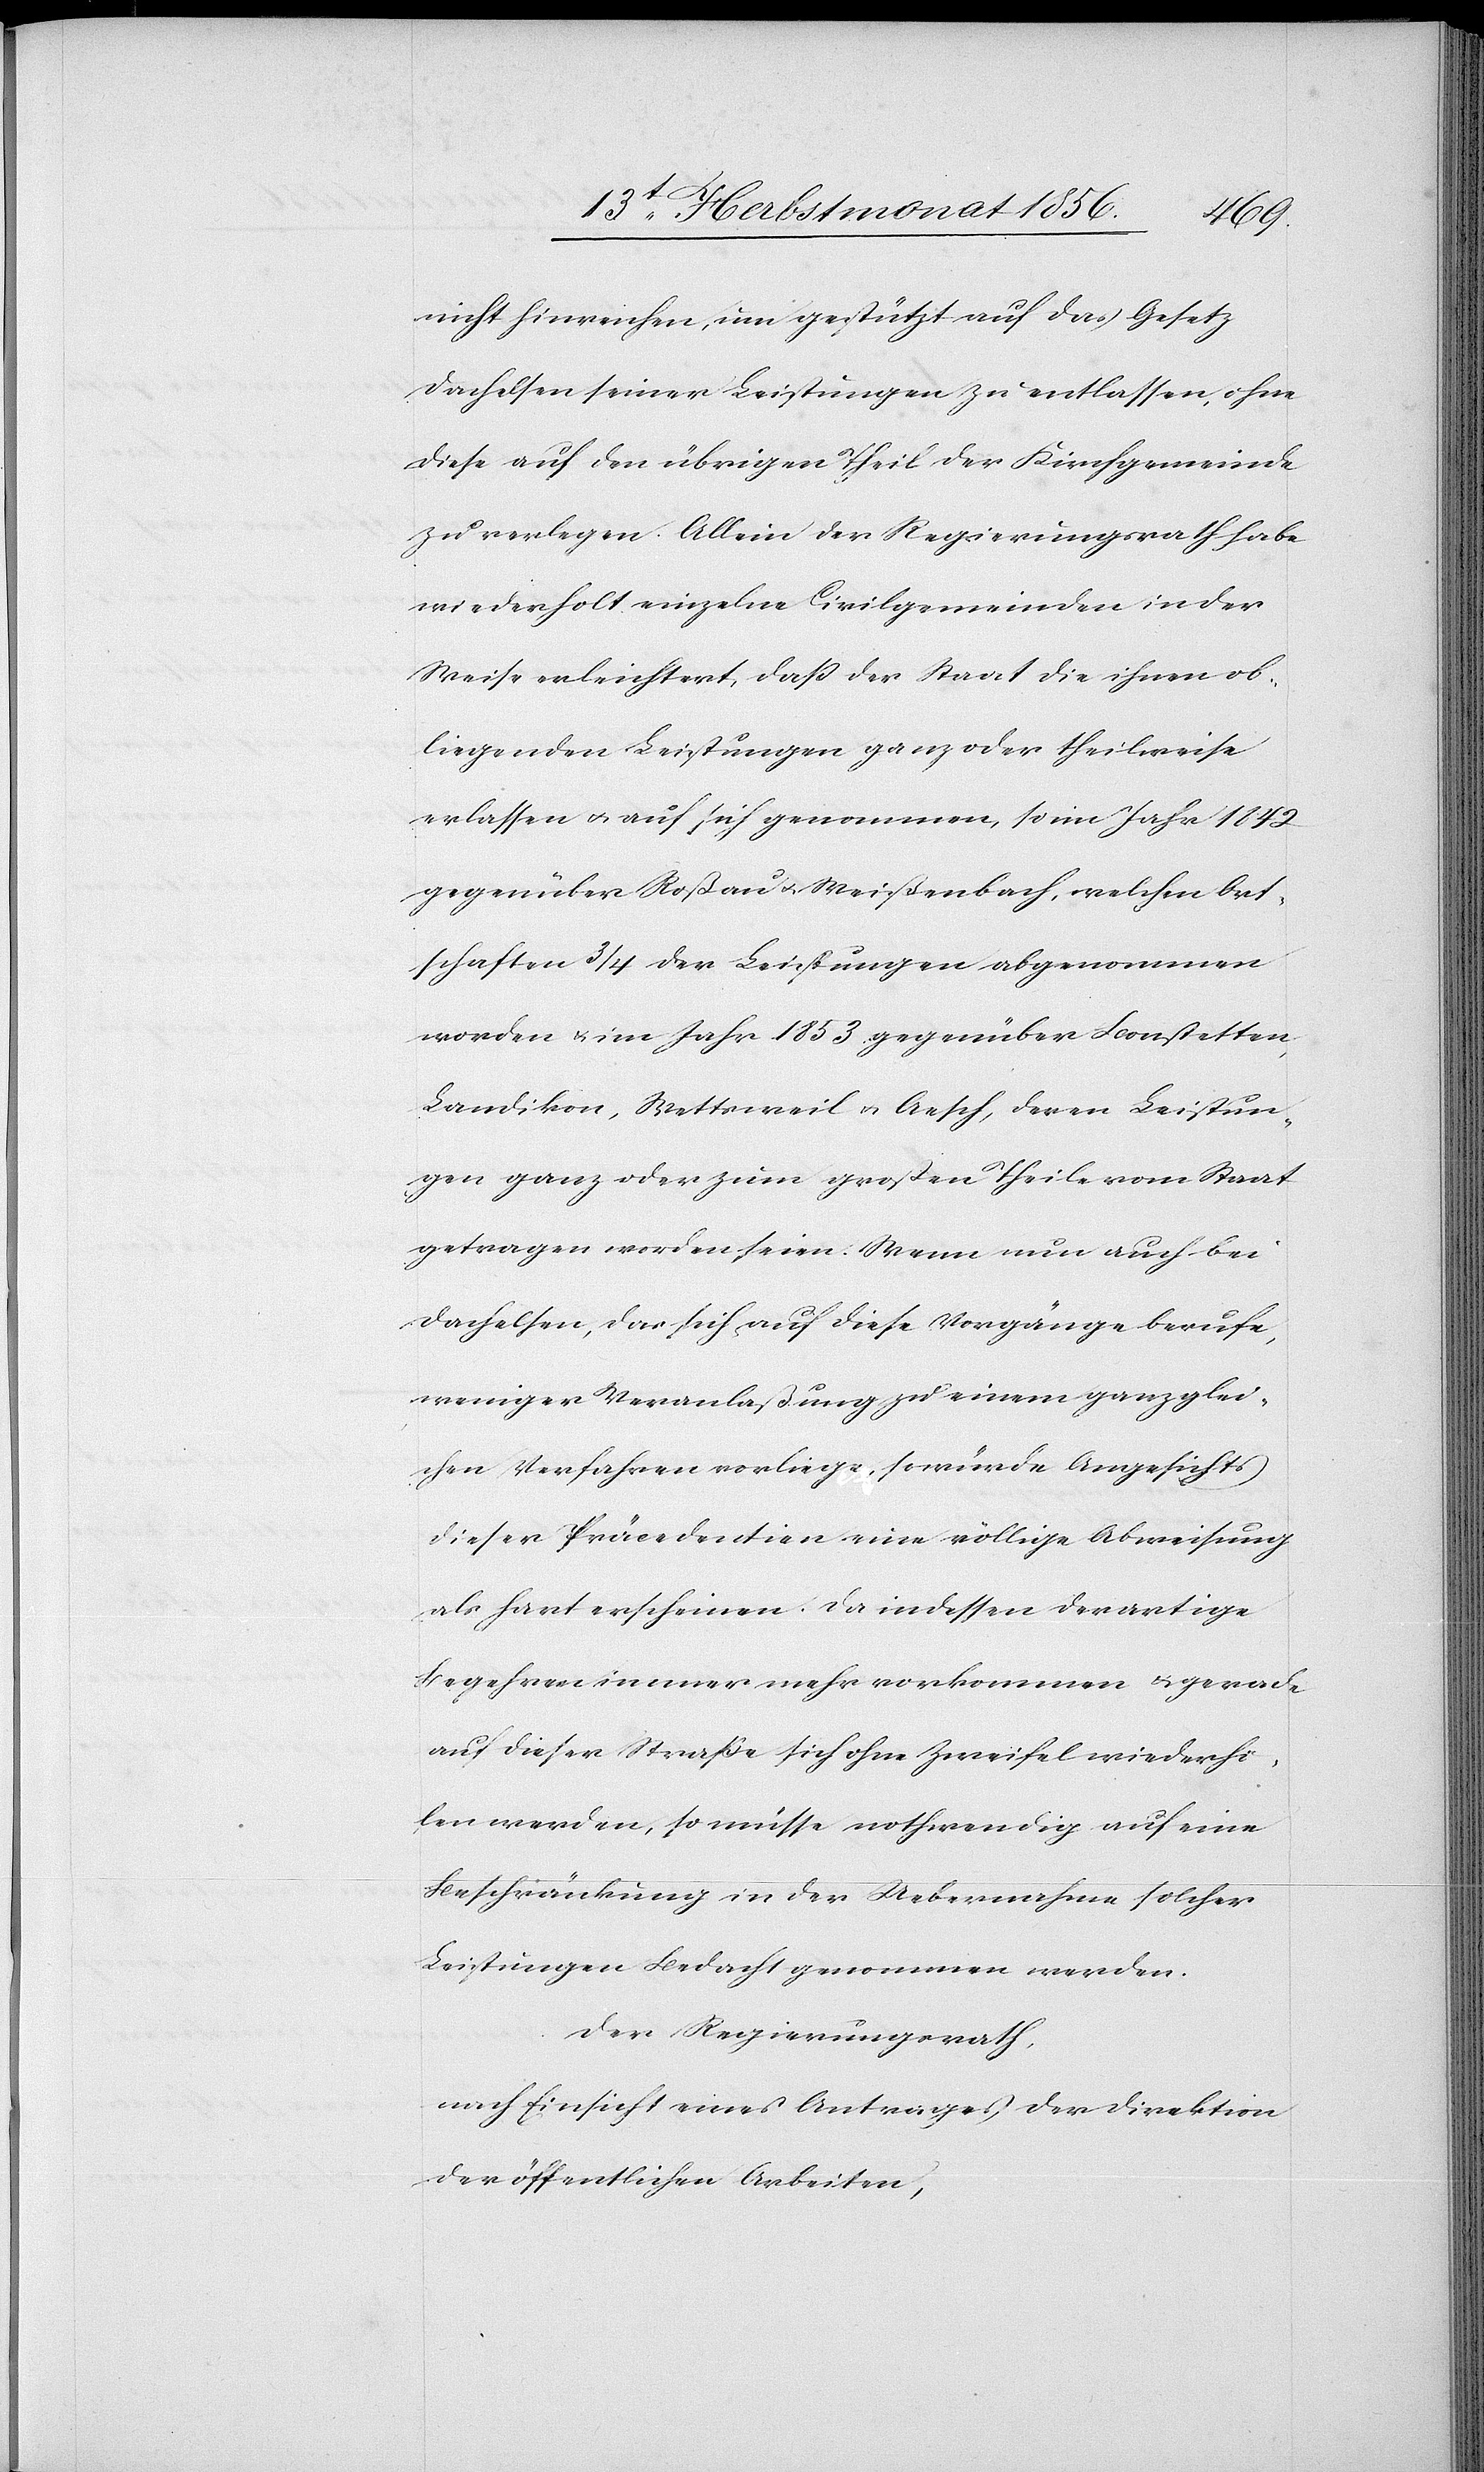
nicht hinreichen, um gestützt auf das Gesetz
Dachelsen seiner Leistungen zu entlassen, ohne
diese auf den übrigen Theil der Kirchgemeinde
zu verlegen. Allein der Regierungsrath habe
wiederholt einzelne Civilgemeinden in der
Weise erleichtert, dass der Staat die ihnen ob¬
liegenden Leistungen ganz oder theilweise
erlassen u. auf sich genommen, so im Jahr 1842
gegenüber Roßau u. Weißenbach, welchen Ort¬
schaften ¾ der Leistungen abgenommen
worden u. im Jahr 1853 gegenüber Bonstetten,
Landikon, Wettsweil u. Aesch, deren Leistun¬
gen ganz oder zum großen Theile vom Staat
getragen worden seien. Wenn nun auch bei
Dachelsen, das sich auf diese Vorgänge berufe,
weniger Veranlaßung zu einem ganz glei¬
chen Verfahren vorliege, so würde Angesichts
dieser Präcedentien eine völlige Abweisung
als hart erscheinen. Da indessen derartige
Begehren immer mehr vorkommen & gerade
auf dieser Straße sich ohne Zweifel wiederho¬
len werden, so müsse nothwendig auf eine
Beschränkung in der Uebernahme solcher
Leistungen Bedacht genommen werden.
Der Regierungsrath,
nach Einsicht eines Antrages der Direktion
der öffentlichen Arbeiten,